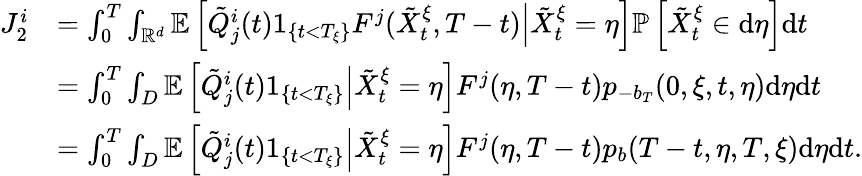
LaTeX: \begin{array}{rl}{J_{2}^{i}}&{=\int_{0}^{T}\int_{\mathbb{R}^{d}}\mathbb{E}\left[\left.\tilde{Q}_{j}^{i}(t)1_{\{ t<T_{\xi}\} }F^{j}(\tilde{X}_{t}^{\xi},T-t)\right|\tilde{X}_{t}^{\xi}=\eta\right]\mathbb{P}\left[\tilde{X}_{t}^{\xi}\in\mathrm{d}\eta\right]\mathrm{d}t}\\ &{=\int_{0}^{T}\int_{D}\mathbb{E}\left[\left.\tilde{Q}_{j}^{i}(t)1_{\{ t<T_{\xi}\} }\right|\tilde{X}_{t}^{\xi}=\eta\right]F^{j}(\eta,T-t)p_{-b_{T}}(0,\xi,t,\eta)\mathrm{d}\eta\mathrm{d}t}\\ &{=\int_{0}^{T}\int_{D}\mathbb{E}\left[\left.\tilde{Q}_{j}^{i}(t)1_{\{ t<T_{\xi}\} }\right|\tilde{X}_{t}^{\xi}=\eta\right]F^{j}(\eta,T-t)p_{b}(T-t,\eta,T,\xi)\mathrm{d}\eta\mathrm{d}t.}\end{array}